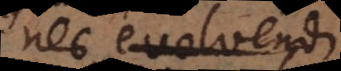
nec evolvendi